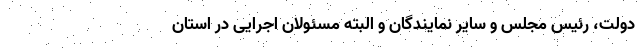
دولت، رئیس مجلس و سایر نمایندگان و البته مسئولان اجرایی در استان